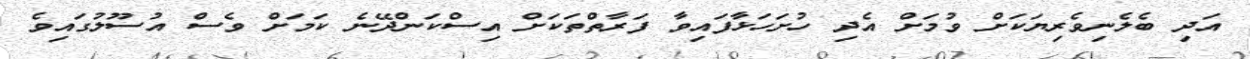
އަދި ބެލެނިވެރިޔަކަށް ވުމަށް އެދި ހުށަހަޅާފައިވާ ފަރާތްތަކަށް އިސްކަންދޭނެ ކަމަށް ވެސް އުސޫލުގައިވެ